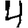
Digit: 4